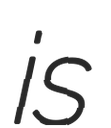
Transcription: is